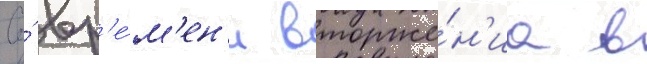
Со́ вр'е́м'ен'и вторже́н'иа в